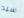
سيد